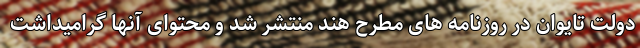
دولت تایوان در روزنامه های مطرح هند منتشر شد و محتوای آنها گرامیداشت